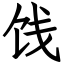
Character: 饯